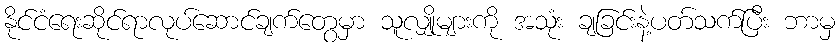
နိုင်ငံရေးဆိုင်ရာလုပ်ဆောင်ချက်တွေမှာ သူလျှိုများကို အသုံး ချခြင်းနဲ့ပတ်သက်ပြီး ဘာမှ